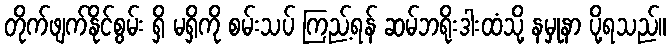
တိုက်ဖျက်နိုင်စွမ်း ရှိ မရှိကို စမ်းသပ် ကြည့်ရန် ဆမ်ဘရိုးဒါးထံသို့ နမှုနာ ပို့ရသည်။